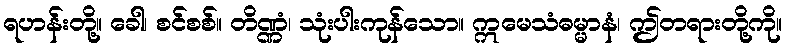
ရဟန်းတို့။ ခေါ၊ စင်စစ်။ တိဏ္ဏံ၊ သုံးပါးကုန်သော။ ဣမေသံဓမ္မာနံ၊ ဤတရားတို့ကို။